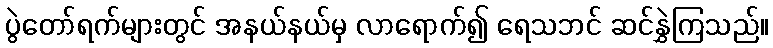
ပွဲတော်ရက်များတွင် အနယ်နယ်မှ လာရောက်၍ ရေသဘင် ဆင်နွှဲကြသည်။